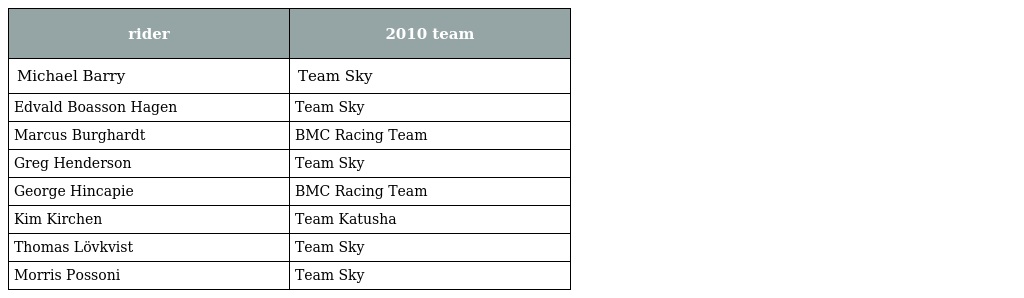
| rider | 2010 team |
 | --- | --- |
 | Michael Barry | Team Sky |
 | Edvald Boasson Hagen | Team Sky |
 | Marcus Burghardt | BMC Racing Team |
 | Greg Henderson | Team Sky |
 | George Hincapie | BMC Racing Team |
 | Kim Kirchen | Team Katusha |
 | Thomas Lövkvist | Team Sky |
 | Morris Possoni | Team Sky |